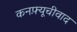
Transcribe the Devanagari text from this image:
कनफ़्यूचीवाद